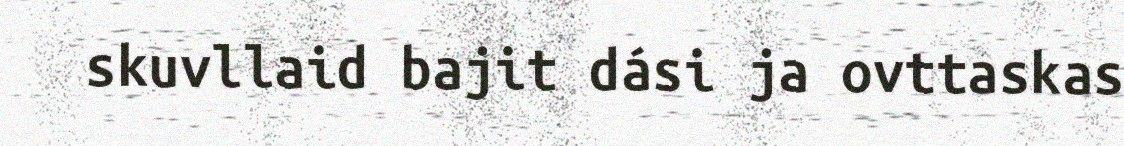
skuvllaid bajit dási ja ovttaskas